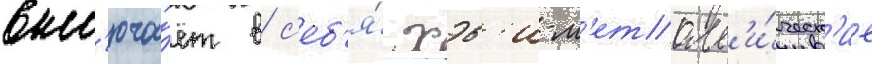
вкл'юча́ет в с'еб'я́ хэв'и-м'еталл'и́ческ'ие